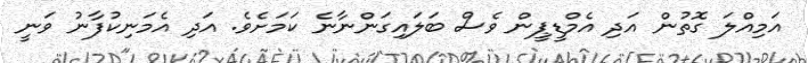
އަމިއްލަ ގޮތުން އަދި އެމްޑީޕީން ވެސް ބަލައިގަންނާނެ ކަމަށެވެ. އަދި އެމަނިކުފާނު ވަނީ